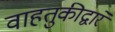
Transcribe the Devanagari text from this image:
वाहतुकीद्वारे